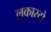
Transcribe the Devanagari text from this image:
लुकास्टो